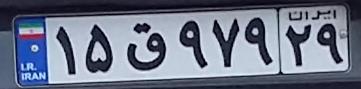
۱۵ق۹۷۹۲۹